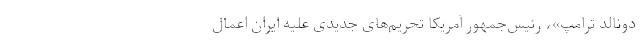
دونالد ترامپ»، رئیس‌جمهور آمریکا تحریم‌های جدیدی علیه ایران اعمال